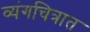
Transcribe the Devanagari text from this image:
व्यंगचित्रात